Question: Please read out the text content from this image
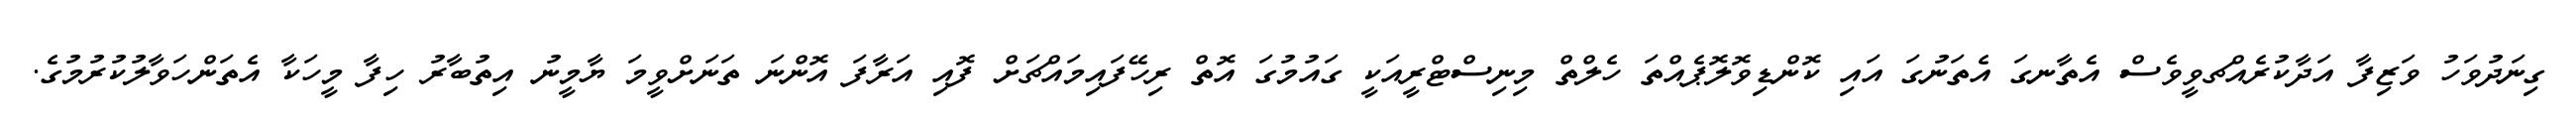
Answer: ގިނަދުވަހު ވަޒިފާ އަދާކުރެއްޗވީވެސް އެތާނގަ އެތަނުގަ އައި ކޮންޑިވޮލޮޕެއްތަ ހެލްތް މިނިސްޓްރީއަކީ ގައުމުގަ އޮތް ރިހޭފައިމައްޗަށް ފޮއި އަރާފަ އޮންނަ ތަނަށްވީމަ ޔާމީނު އިތުބާރު ހިފާ މީހަކާ އެތަންހަވާލުކުރުމުގެ.